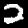
Digit: 2